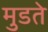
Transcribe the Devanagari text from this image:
मुडते